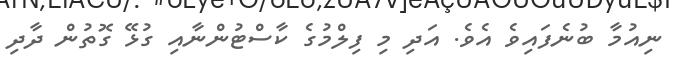
ނިއުމާ ބުނެފައިވެ އެވެ. އަދި މި ފިލްމުގެ ކާސްޓުންނާއި ގުޅޭ ގޮތުން ދާދި